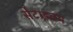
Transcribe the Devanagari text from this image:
सेटाइवम